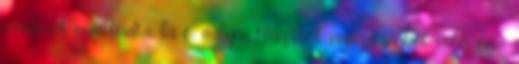
mankurt nem tudta, ki ő, milyen törzsből-nem­zetségből való, nem